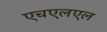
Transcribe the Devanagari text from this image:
एचएलएल